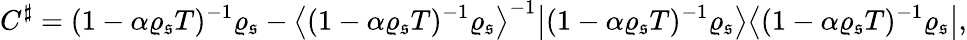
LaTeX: C^{\sharp}=(1-\alpha\varrho_{\mathfrak{s}}T)^{-1}\varrho_{\mathfrak{s}}-\big\langle(1-\alpha\varrho_{\mathfrak{s}}T)^{-1}\varrho_{\mathfrak{s}}\big\rangle^{-1}\big|(1-\alpha\varrho_{\mathfrak{s}}T)^{-1}\varrho_{\mathfrak{s}}\big\rangle\big\langle(1-\alpha\varrho_{\mathfrak{s}}T)^{-1}\varrho_{\mathfrak{s}}\big|,